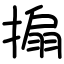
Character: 搧